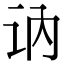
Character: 讷